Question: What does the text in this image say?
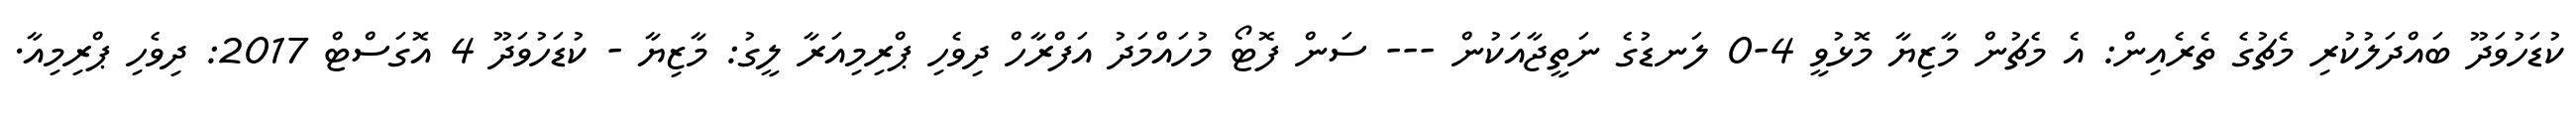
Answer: ކުޑަހުވަދޫ ބައްދަލުކުރި މެޗުގެ ތެރެއިން: އެ މެޗުން މާޒިޔާ މޮޅުވީ 4-0 ލަނޑުގެ ނަތީޖާއަކުން --- ސަން ފޮޓޯ މުހައްމަދު އަފްރާހް ދިވެހި ޕްރިމިއަރާ ލީގު: މާޒިޔާ - ކުޑަހުވަދޫ 4 އޮގަސްޓް 2017: ދިވެހި ޕްރިމިއާ.